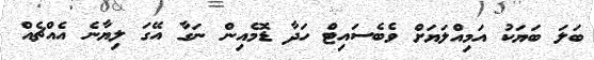
ބަލަ ބަޔަކު އަމިއްލަޔަށް ވެބެސައިޓް ހަދާ ޑޮމެއިން ނަގާ އޭގަ ލިޔާނެ އެއްޗެއް